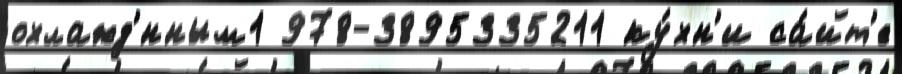
охлажд'́нным1 978-3895335211 ку́хн'и са́йт'е